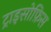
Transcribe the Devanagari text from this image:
ट्राइसोफ़िस